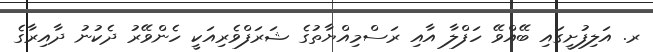
ރ. އަލިފުށީގައި ބޭއްވޭ ހަފްލާ އާއި ރަސްމިއްޔާތުގެ ޝަރަފްވެރިއަކީ ހެންވޭރު ދެކުނު ދާއިރާގެ